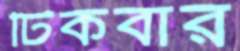
টিকবার